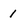
Character: 1